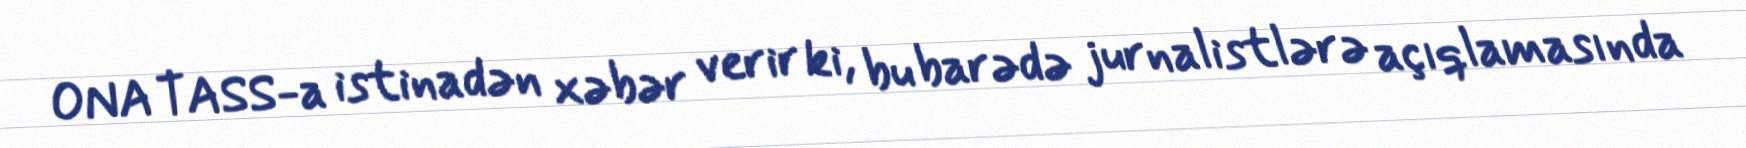
ONA TASS-a istinadən xəbər verir ki, bu barədə jurnalistlərə açıqlamasında